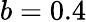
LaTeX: b=0.4